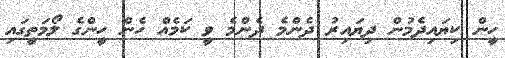
ހީން ކިޔައިދެމުން ދިޔައިރު ދެންމެ ދެންމެ ވީ ކަމެއް ހެން ހީންގެ ލޯމަތީގައި